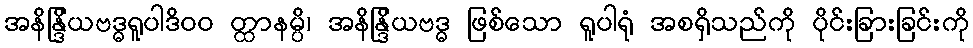
အနိန္ဒြိယဗဒ္ဓရူပါဒိ၀၀ တ္ထာနမ္ပိ၊ အနိန္ဒြိယဗဒ္ဓ ဖြစ်သော ရူပါရုံ အစရှိသည်ကို ပိုင်းခြားခြင်းကို